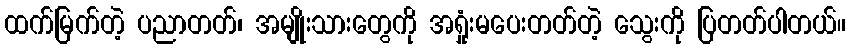
ထက်မြက်တဲ့ ပညာတတ်၊ အမျိုးသားတွေကို အရှုံးမပေးတတ်တဲ့ သွေးကို ပြတတ်ပါတယ်။